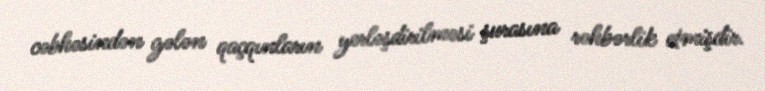
cəbhəsindən gələn qaçqınların yerləşdirilməsi şurasına rəhbərlik etmişdir.